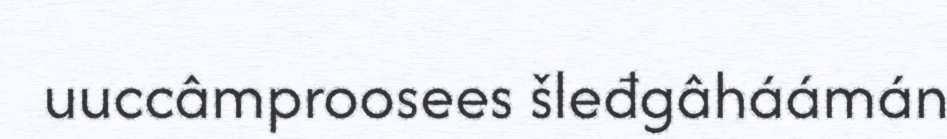
uuccâmproosees šleđgâháámán